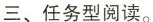
三、任务型阅读。